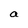
Character: a